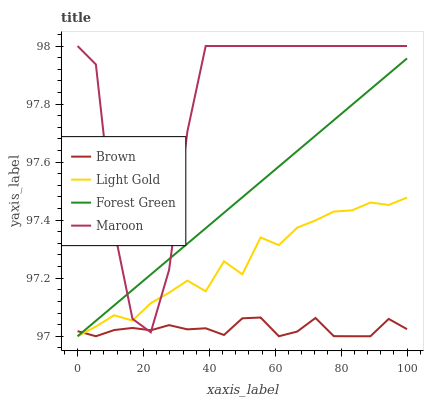
| xaxis_label | Brown | Light Gold | Forest Green | Maroon |
 | --- | --- | --- | --- | --- |
 | 0 | 97 | 97 | 97 | 98 |
 | 5.56 | 97 | 97 | 97.1 | 97.9 |
 | 11.1 | 97 | 97.1 | 97.1 | 97.4 |
 | 16.7 | 97 | 97.1 | 97.2 | 97.1 |
 | 22.2 | 97 | 97.1 | 97.2 | 97 |
 | 27.8 | 97 | 97.2 | 97.3 | 97.2 |
 | 33.3 | 97 | 97.2 | 97.3 | 97.7 |
 | 38.9 | 97 | 97.2 | 97.4 | 98 |
 | 44.4 | 97 | 97.3 | 97.4 | 98 |
 | 50 | 97.1 | 97.2 | 97.5 | 98 |
 | 55.6 | 97.1 | 97.3 | 97.5 | 98 |
 | 61.1 | 97 | 97.3 | 97.6 | 98 |
 | 66.7 | 97 | 97.4 | 97.6 | 98 |
 | 72.2 | 97.1 | 97.4 | 97.7 | 98 |
 | 77.8 | 97 | 97.4 | 97.7 | 98 |
 | 83.3 | 97 | 97.4 | 97.8 | 98 |
 | 88.9 | 97 | 97.5 | 97.9 | 98 |
 | 94.4 | 97.1 | 97.5 | 97.9 | 98 |
 | 100 | 97 | 97.5 | 98 | 98 |